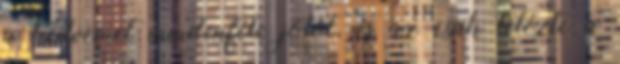
a kedvemet mindenféle jótól, és az csak tetézte a